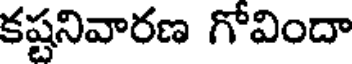
కష్టనివారణ గోవిందా